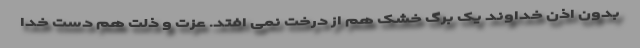
بدون اذن خداوند یک برگ خشک هم از درخت نمی افتد. عزت و ذلت هم دست خدا